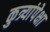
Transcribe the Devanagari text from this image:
कुत्र्यांपेक्षा